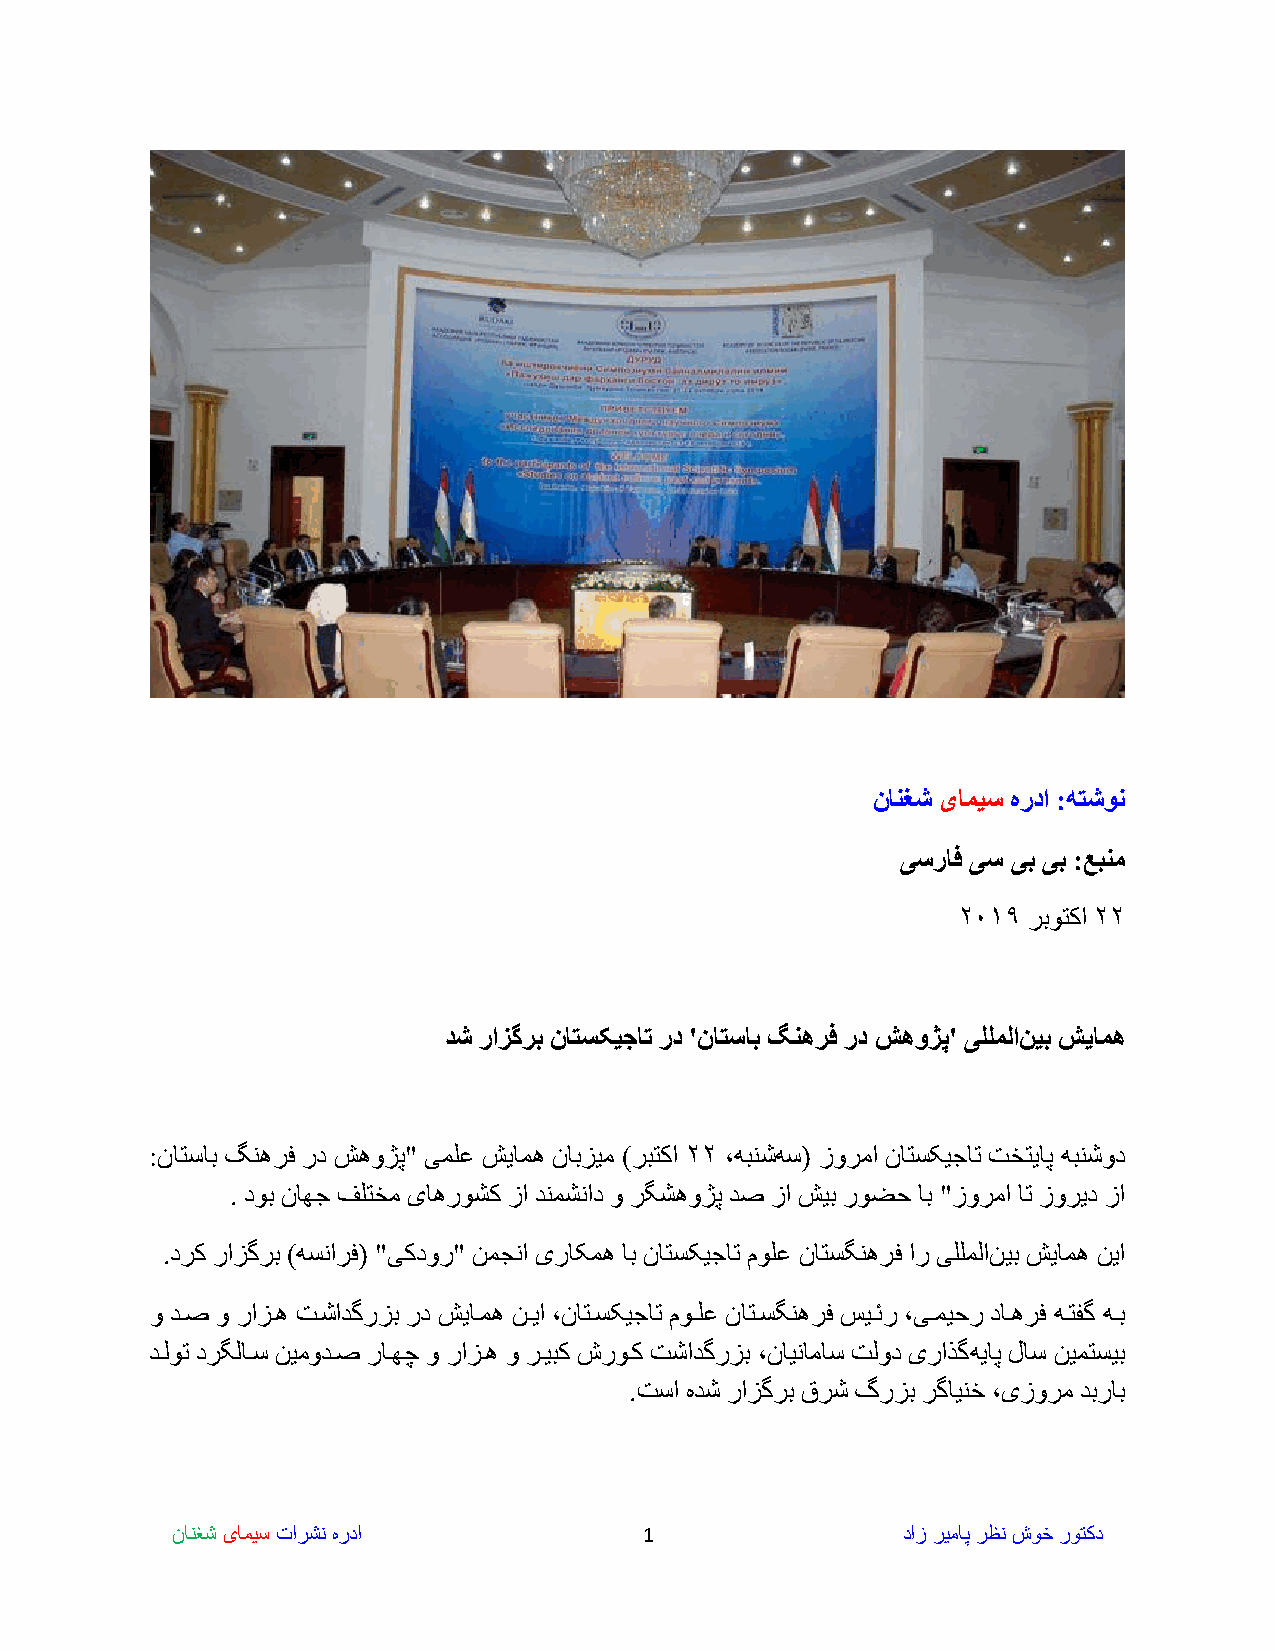
نانغش یامیس هردا :هتشون
 یسراف یس یب یب :عبنم
 ۲۰۱۹ ربوتکا ۲۲
 دش رازگرب ناتسکیجات رد 'ناتساب گنهرف رد شهوژپ' یللملان یب شیامه
 :ناتساب گنهرف رد شهوژپ" یملع شیامه نابزیم )ربتکا ۲۲ ،ه بنشه س( زورما ناتسکیجات تختیاپ هبنشود
 . دوب ناهج فلتخم یاهروشک زا دنمشناد و رگشهوژپ دص زا شیب روضح اب "زورما ات زورید زا
 .درک رازگرب )هسنارف( "یکدور" نمجنا یراکمه اب ناتسکیجات مولع ناتسگنهرف ار یللملان یب شیامه نیا
 و دههص و رازههه تههشادگرزب رد شیاههمه نههیا ،ناتههسکیجات موههلع ناتههسگنهرف یهه ر ،یههمیحر داهههرف هههتهگ هههب
 دهلوت درگلاهس نیمودهص راههر و رازهه و رهیبک روهک تشادگرزب ،نایناماس تلود یراذگه یاپ لاس نیمتسیب
 .تسا هدش رازگرب قرش گرزب رگاینخ ،یزورم دبراب
 نانغش یامیس تارشن هردا          1                داز ریماپ رظن شوخ روتکد